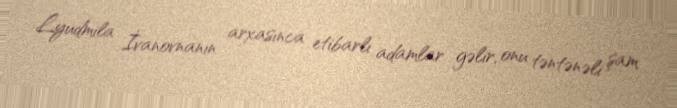
Lyudmila İvanovnanın arxasınca etibarlı adamlar gəlir, onu təntənəli şam